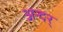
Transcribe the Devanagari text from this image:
अन्दर्